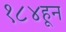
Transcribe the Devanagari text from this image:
१८४हून